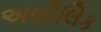
અલૌલિક